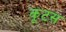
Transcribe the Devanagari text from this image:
कूटस